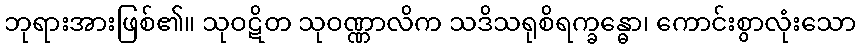
ဘုရားအားဖြစ်၏။ သုဝဋိတ သုဝဏ္ဏာလိက သဒိသရုစိရက္ခန္ဓော၊ ကောင်းစွာလုံးသော